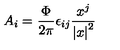
A _ { i } = { \frac { \Phi } { 2 \pi } } \epsilon _ { i j } { \frac { x ^ { j } } { { \vert x \vert } ^ { 2 } } }